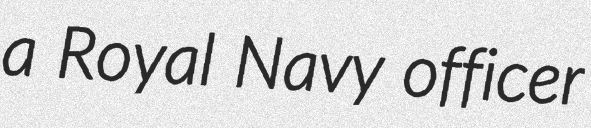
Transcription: a Royal Navy officer